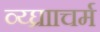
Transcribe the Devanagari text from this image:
व्य्घ्रााचर्म